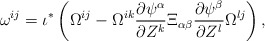
\begin{align*}\omega^{ij} = \iota^*\left(\Omega^{ij} - \Omega^{ik} \frac{\partial\psi^\alpha}{\partial Z^k} \Xi_{\alpha \beta} \frac{\partial\psi^\beta}{\partial Z^l} \Omega^{lj}\right),\end{align*}